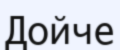
Дойче